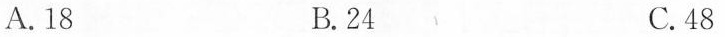
A.18 B.24 C.48